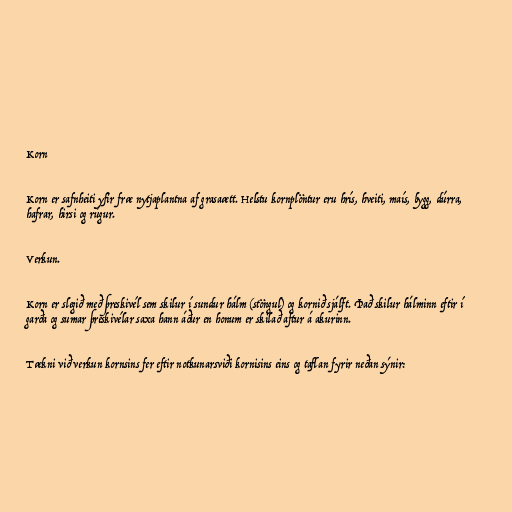
Korn

Korn er safnheiti yfir fræ nytjaplantna af grasaætt. Helstu kornplöntur eru hrís, hveiti, maís, bygg, dúrra,
hafrar, hirsi og rúgur.

Verkun.

Korn er slegið með þreskivél sem skilur í sundur hálm (stöngul) og kornið sjálft. Það skilur hálminn eftir í
garða og sumar þreskivélar saxa hann áður en honum er skilað aftur á akurinn.

Tækni við verkun kornsins fer eftir notkunarsviði kornisins eins og taflan fyrir neðan sýnir: